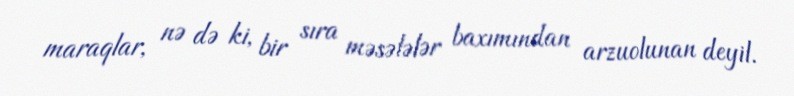
maraqlar, nə də ki, bir sıra məsələlər baxımından arzuolunan deyil.